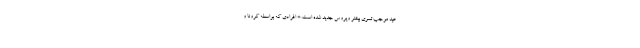
عید موجب تسری بیشتر ویروس جدید شده است. * افرادی که بواسطه کرونا و